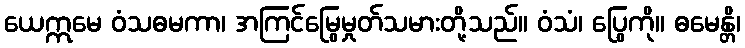
ယေဣမေ ဝံသဓမကာ၊ အကြင်မြွေမှုတ်သမားတို့သည်။ ဝံသံ၊ ပြွေကို။ ဓမေန္တိ၊